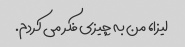
لیزا، من به چیزی فکر می کردم.